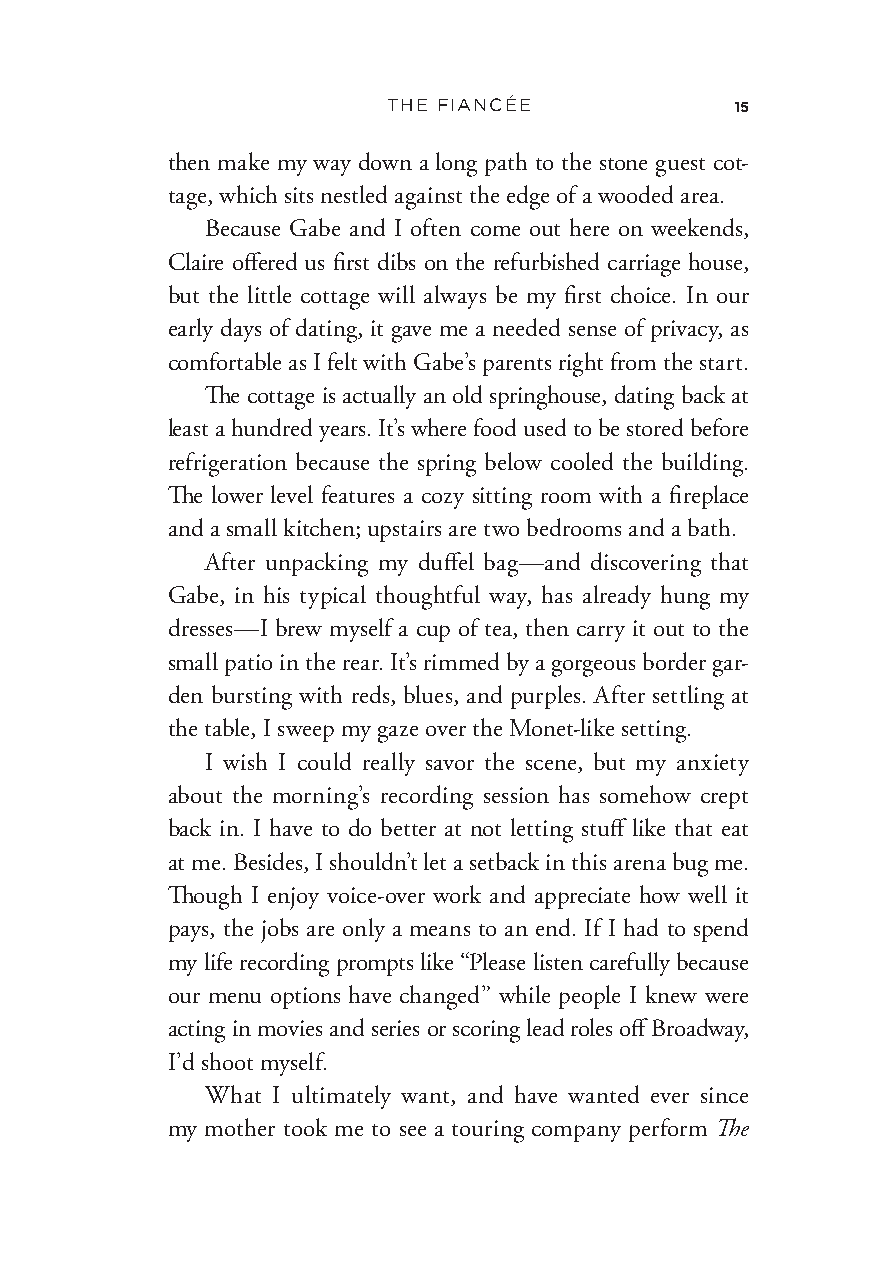
THE FIANCÉE            15
 then make my way down a long path to the stone guest cot-
 tage, which sits nestled against the edge of a wooded area.
 Because Gabe and I often come out here on weekends,
 Claire offered us first dibs on the refurbished carriage house,
 but the little cottage will always be my first choice. In our
 early days of dating, it gave me a needed sense of privacy, as
 comfortable as I felt with Gabe’s parents right from the start.
 The cottage is actually an old springhouse, dating back at
 least a hundred years. It’s where food used to be stored before
 refrigeration because the spring below cooled the building.
 The lower level features a cozy sitting room with a fireplace
 and a small kitchen; upstairs are two bedrooms and a bath.
 After unpacking my duffel bag— and discovering that
 Gabe, in his typical thoughtful way, has already hung my
 dresses— I brew myself a cup of tea, then carry it out to the
 small patio in the rear. It’s rimmed by a gorgeous border gar-
 den bursting with reds, blues, and purples. After settling at
 the table, I sweep my gaze over the Monet- like setting.
 I wish I could really savor the scene, but my anxiety
 about the morning’s recording session has somehow crept
 back in. I have to do better at not letting stuff like that eat
 at me. Besides, I shouldn’t let a setback in this arena bug me.
 Though I enjoy voice- over work and appreciate how well it
 pays, the jobs are only a means to an end. If I had to spend
 my life recording prompts like “Please listen carefully because
 our menu options have changed” while people I knew were
 acting in movies and series or scoring lead roles off Broadway,
 I’d shoot myself.
 What I ultimately want, and have wanted ever since
 my mother took me to see a touring company perform The
 Fiancee_9780062945419_Final_EB0326_cc19.indd 15 3/26/21 3:18 PM